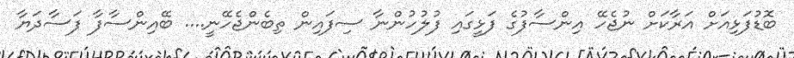
ބޮޑުފަޅިއަށް އަރާކަށް ނުޖެހޭ އިންސާފުގެ ފަޅީގައި ފުލުހުންނާ ސިފައިން ތިބެންޖެހޭނީ.... ބޭއިންސާފާ ފަސާދަޔާ